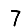
Digit: 7